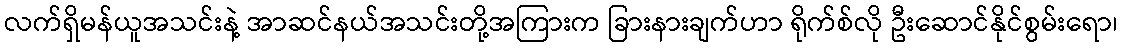
လက်ရှိမန်ယူအသင်းနဲ့ အာဆင်နယ်အသင်းတို့အကြားက ခြားနားချက်ဟာ ရိုက်စ်လို ဦးဆောင်နိုင်စွမ်းရော၊